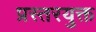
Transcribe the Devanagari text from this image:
प्रस्तरयुक्त